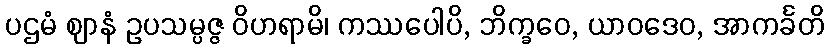
ပဌမံ ဈာနံ ဥပသမ္ပဇ္ဇ ဝိဟရာမိ၊ ကဿပေါပိ, ဘိက္ခဝေ, ယာဝဒေဝ, အာကင်္ခတိ